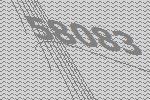
58083